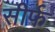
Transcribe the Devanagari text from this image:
सीर्फ